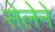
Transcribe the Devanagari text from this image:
सेलेने